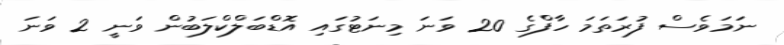
ނަމަވެސް ފުރަތަމަ ހާފްގެ 20 ވަނަ މިނަޓުގައި އޮޑްބަލްކްލަބުން ވަނީ 2 ވަނަ